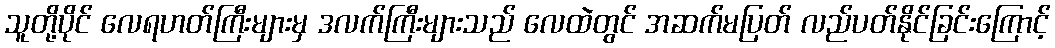
သူတို့ပိုင် လေရဟတ်ကြီးများမှ ဒလက်ကြီးများသည် လေထဲတွင် အဆက်မပြတ် လည်ပတ်နိုင်ခြင်းကြောင့်